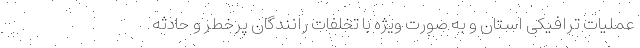
عملیات ترافیکی استان و به صورت ویژه با تخلفات رانندگان پرخطر و حادثه